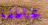
خاطفة